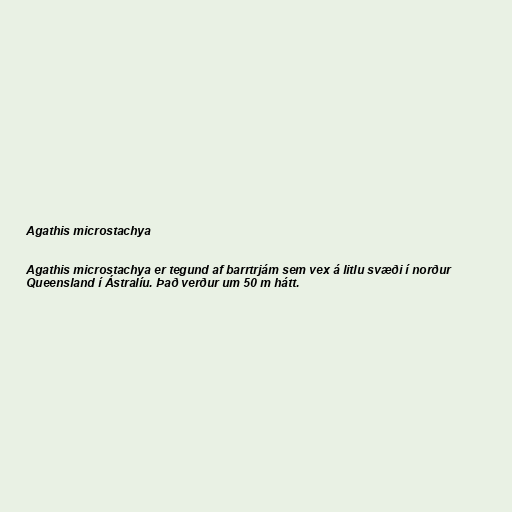
Agathis microstachya

Agathis microstachya er tegund af barrtrjám sem vex á litlu svæði í norður
Queensland í Ástralíu. Það verður um 50 m hátt.